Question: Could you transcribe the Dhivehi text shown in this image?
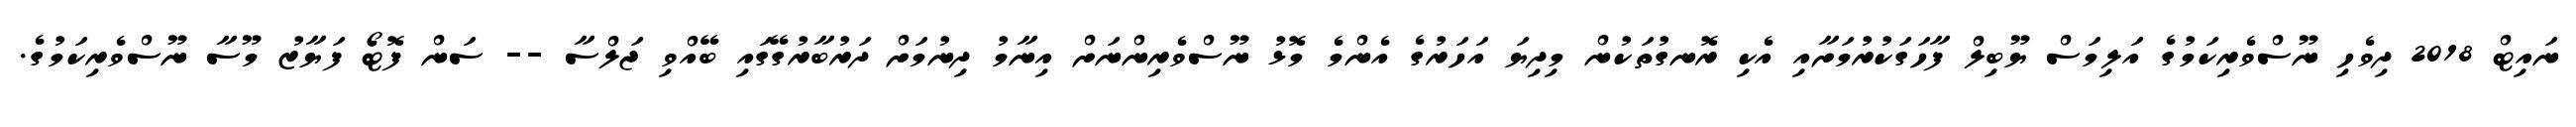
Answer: ނައިޓް 2018 ދިވެހި ނޫސްވެރިކަމުގެ އަލިމަސް ޔޫބިލް ފާހަގަކުރުމަށާއި އެކި ރޮނގުތަކުން މިދިޔަ އަހަރުގެ އެންމެ މޮޅު ނޫސްވެރިންނަށް އިނާމު ދިނުމަށް ދަރުބާރުގޭގައި ބޭއްވި ޖަލްސާ -- ސަން ފޮޓޯ ފަޔާޒު މޫސާ ނޫސްވެރިކަމުގެ.